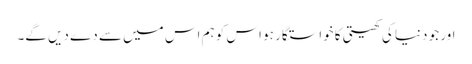
اور جو دنیا کی کھیتی کا خواستگار ہو اس کو ہم اس میں سے دے دیں گے۔